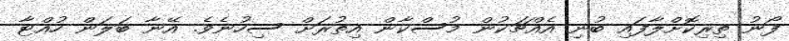
ފޯނު ތިރިކޮށްލާފައި ބުނި އެއްޗަކުން މުސްކާން އިތުރަށް ސިހުނެވެ. އޭނާ ބަލަން ހުއްޓާ